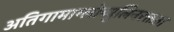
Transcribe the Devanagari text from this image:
अतिगामाग्लोब्युलिनरक्तता